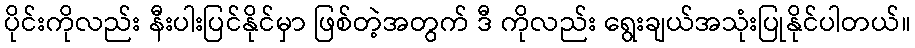
ပိုင်းကိုလည်း နီးပါးပြင်နိုင်မှာ ဖြစ်တဲ့အတွက် ဒီ ကိုလည်း ရွေးချယ်အသုံးပြုနိုင်ပါတယ်။